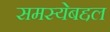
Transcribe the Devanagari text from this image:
समस्येबद्दल